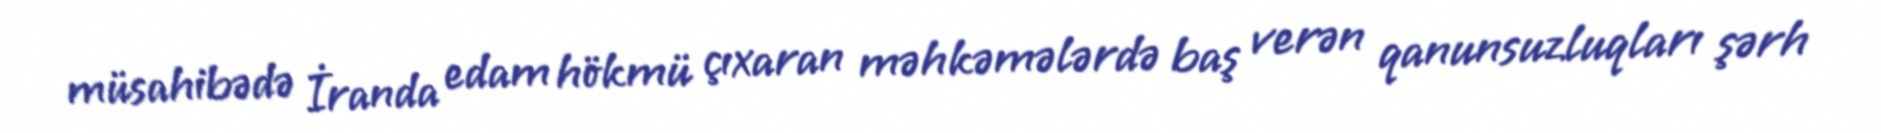
müsahibədə İranda edam hökmü çıxaran məhkəmələrdə baş verən qanunsuzluqları şərh